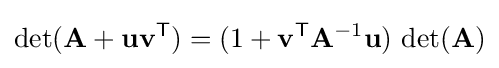
\det(\mathbf {A} +\mathbf {uv} ^{\textsf {T}})=(1+\mathbf {v} ^{\textsf {T}}\mathbf {A} ^{-1}\mathbf {u} )\,\det(\mathbf {A} )